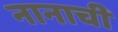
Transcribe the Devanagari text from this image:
नानाची